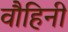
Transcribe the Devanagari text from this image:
वौहिनी